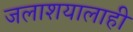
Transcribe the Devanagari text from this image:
जलाशयालाही